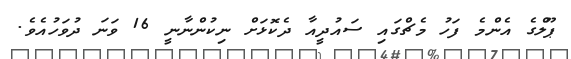
ޕޫލްގެ އެންމެ ފަހު މެޗްގައި ސައުދީއާ ދެކޮޅަށް ނިކުންނާނީ 16 ވަނަ ދުވަހުއެވެ.